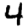
Digit: 4